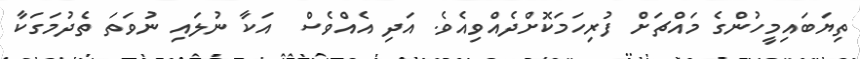
ތިޔަބައިމީހުންގެ މައްޗަށް ފުރިހަމަކޮށްދެއްވިއެވެ. އަދި އެއްވެސް  އަކާ ނުލައި ނުވަތަ ތެދުމަގަކާ